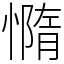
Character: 憜